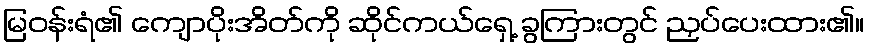
မြဝန်းရံ၏ ကျောပိုးအိတ်ကို ဆိုင်ကယ်ရှေ့ ခွကြားတွင် ညှပ်ပေးထား၏။